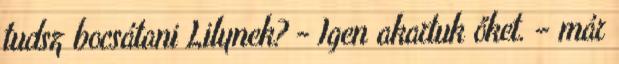
tudsz bocsátani Lilynek? - Igen akartuk őket. – már